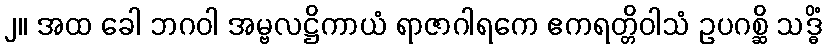
၂။ အထ ခေါ ဘဂဝါ အမ္ဗလဋ္ဌိကာယံ ရာဇာဂါရကေ ဧကရတ္တိဝါသံ ဥပဂစ္ဆိ သဒ္ဓိံ